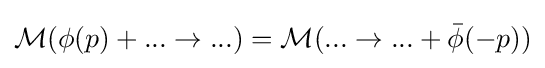
{\mathcal {M}}(\phi (p)+...\rightarrow ...)={\mathcal {M}}(...\rightarrow ...+{\bar {\phi }}(-p))